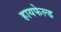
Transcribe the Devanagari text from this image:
हायफेल्ड